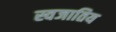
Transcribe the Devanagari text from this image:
स्वजातिय